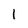
Character: I